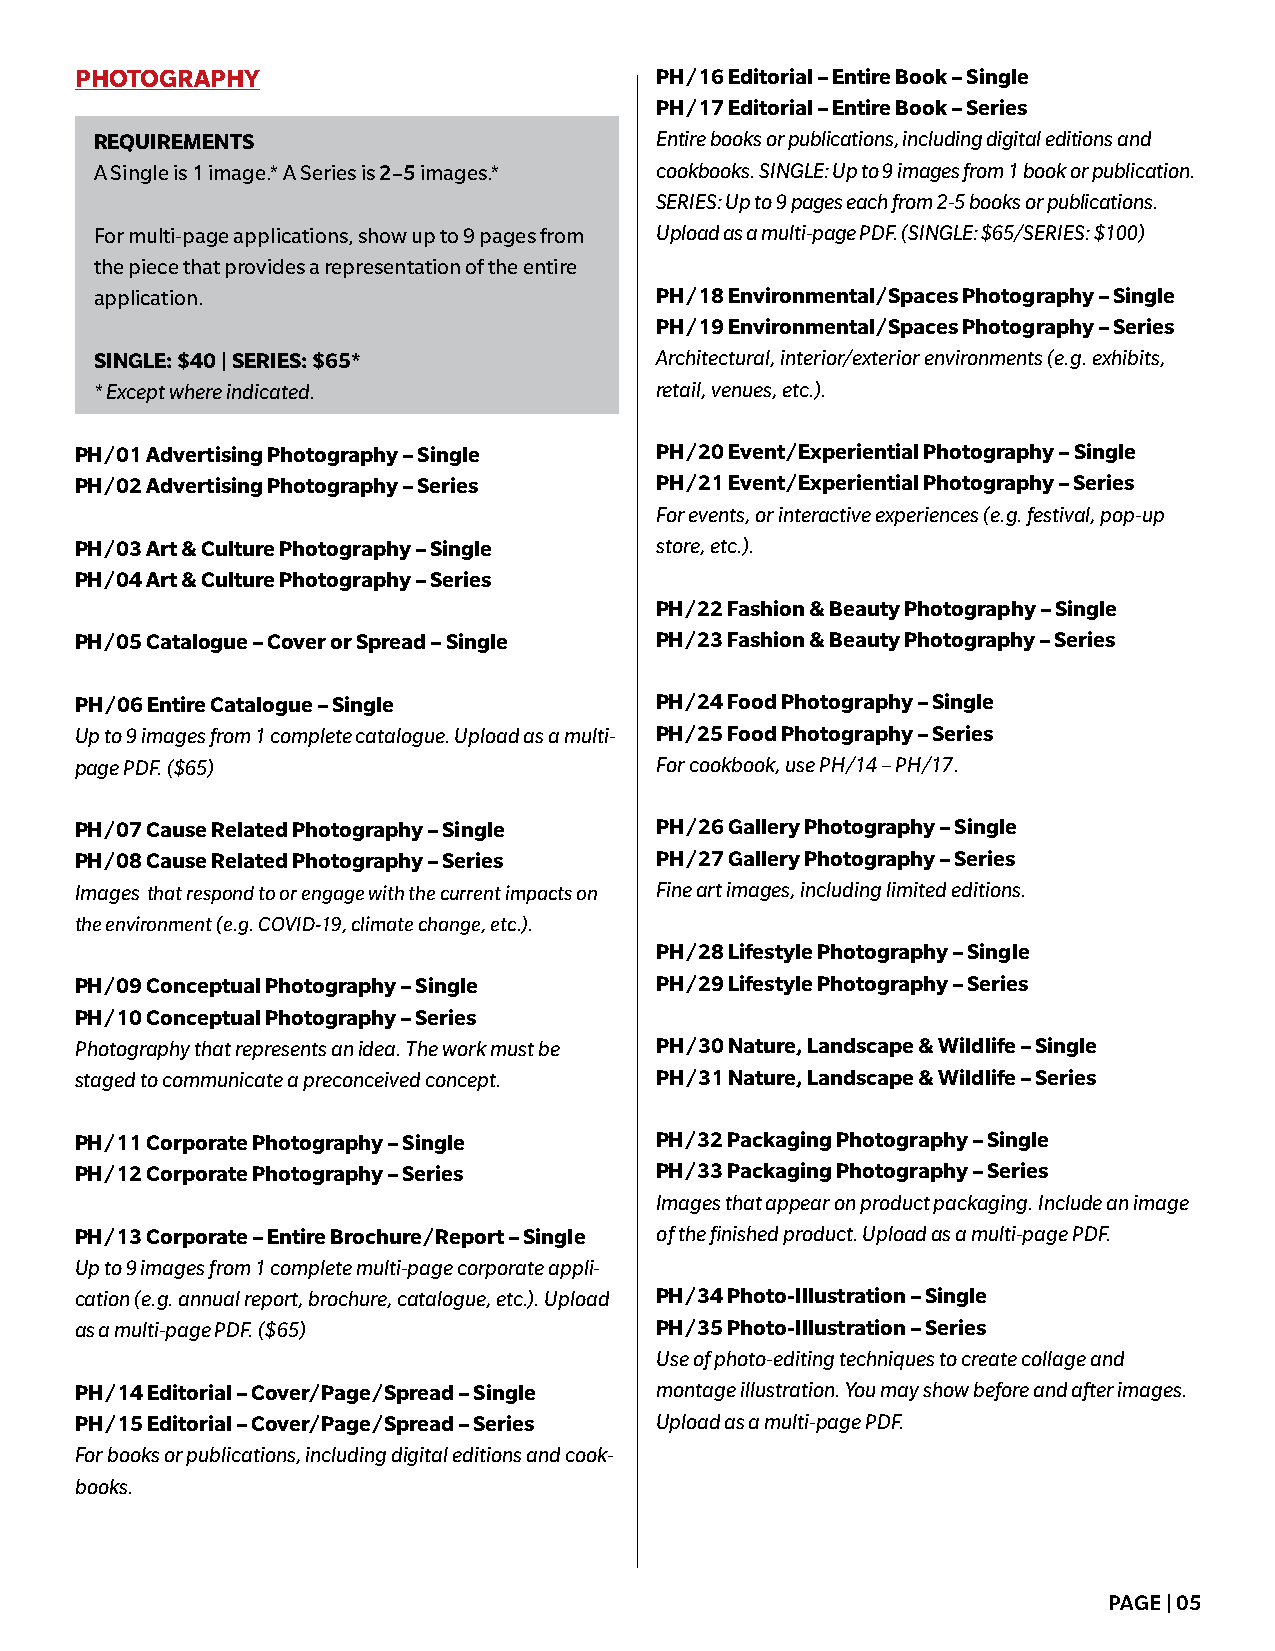
PHOTOGRAPHY                           PH/16 Editorial – Entire Book – Single
 PH/17 Editorial – Entire Book – Series
 REQUIREMENTS                         Entire books or publications, including digital editions and
 A Single is 1 image.* A Series is 2–5 images.* cookbooks. SINGLE: Up to 9 images from 1 book or publication.
 SERIES: Up to 9 pages each from 2-5 books or publications.
 For multi-page applications, show up to 9 pages from Upload as a multi-page PDF. (SINGLE: $65/SERIES: $100)
 the piece that provides a representation of the entire
 application.                         PH/18 Environmental/Spaces Photography – Single
 PH/19 Environmental/Spaces Photography – Series
 SINGLE: $40 | SERIES: $65*           Architectural, interior/exterior environments (e.g. exhibits,
 * Except where indicated.            retail, venues, etc.).
 PH/01 Advertising Photography – Single PH/20 Event/Experiential Photography – Single
 PH/02 Advertising Photography – Series PH/21 Event/Experiential Photography – Series
 For events, or interactive experiences (e.g. festival, pop-up
 PH/03 Art & Culture Photography – Single store, etc.).
 PH/04 Art & Culture Photography – Series
 PH/22 Fashion & Beauty Photography – Single
 PH/05 Catalogue – Cover or Spread – Single PH/23 Fashion & Beauty Photography – Series
 PH/06 Entire Catalogue – Single       PH/24 Food Photography – Single
 Up to 9 images from 1 complete catalogue. Upload as a multi- PH/25 Food Photography – Series
 page PDF. ($65)                       For cookbook, use PH/14 – PH/17.
 PH/07 Cause Related Photography – Single PH/26 Gallery Photography – Single
 PH/08 Cause Related Photography – Series PH/27 Gallery Photography – Series
 Images that respond to or engage with the current impacts on Fine art images, including limited editions.
 the environment (e.g. COVID-19, climate change, etc.).
 PH/28 Lifestyle Photography – Single
 PH/09 Conceptual Photography – Single PH/29 Lifestyle Photography – Series
 PH/10 Conceptual Photography – Series
 Photography that represents an idea. The work must be PH/30 Nature, Landscape & Wildlife – Single
 staged to communicate a preconceived concept. PH/31 Nature, Landscape & Wildlife – Series
 PH/11 Corporate Photography – Single  PH/32 Packaging Photography – Single
 PH/12 Corporate Photography – Series  PH/33 Packaging Photography – Series
 Images that appear on product packaging. Include an image
 PH/13 Corporate – Entire Brochure/Report – Single of the finished product. Upload as a multi-page PDF.
 Up to 9 images from 1 complete multi-page corporate appli-
 cation (e.g. annual report, brochure, catalogue, etc.). Upload PH/34 Photo-Illustration – Single
 as a multi-page PDF. ($65)            PH/35 Photo-Illustration – Series
 Use of photo-editing techniques to create collage and
 PH/14 Editorial – Cover/Page/Spread – Single montage illustration. You may show before and after images.
 PH/15 Editorial – Cover/Page/Spread – Series Upload as a multi-page PDF.
 For books or publications, including digital editions and cook-
 books.
 PAGE | 05